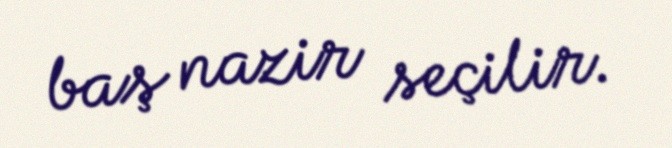
baş nazir seçilir.